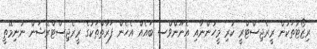
ރިޒޯޓުތަކުން ރީރެޖިސްޓްރީ ކުރި މީހުންނާއި އެނޫންވެްސ ބައެއް އެހެން ފަރާތްތަކުގެ ރީރެޖިސްޓްރޭޝަން ނުނިމޭތީ